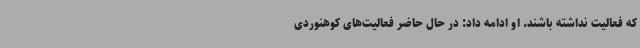
که فعالیت نداشته باشند. او ادامه داد: در حال حاضر فعالیت‌های کوهنوردی